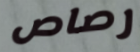
رصاص